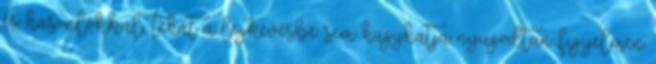
és hasonlókkal, tehát a legkevésbé sem hagyhatja nyugodtan figyelmen